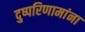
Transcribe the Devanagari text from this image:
दुष्परिणामांना